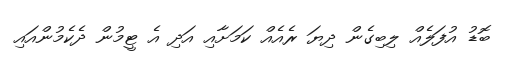
ބޮޑު އުފަލެއް ލިބިގެން ދިޔަ ރެއެއް ކަމަށާއި އަދި އެ ޓީމުން ދެކެމުންއައި